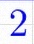
2